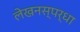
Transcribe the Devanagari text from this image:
लेखनस्पर्धा